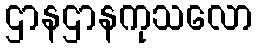
ဌာနဌာနကုသလော